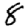
Digit: 8